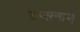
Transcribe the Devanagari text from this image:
अप्सनाने